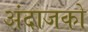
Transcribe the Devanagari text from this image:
अंदाजको